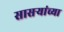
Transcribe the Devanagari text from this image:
सासऱ्यांच्या